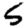
Digit: 5